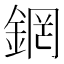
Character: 龬